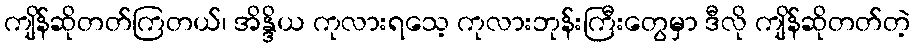
ကျိန်ဆိုတတ်ကြတယ်၊ အိန္ဒိယ ကုလားရသေ့ ကုလားဘုန်းကြီးတွေမှာ ဒီလို ကျိန်ဆိုတတ်တဲ့